Indian journal of veterinary science and animal husbandry - Volume 13,
Year: 1943
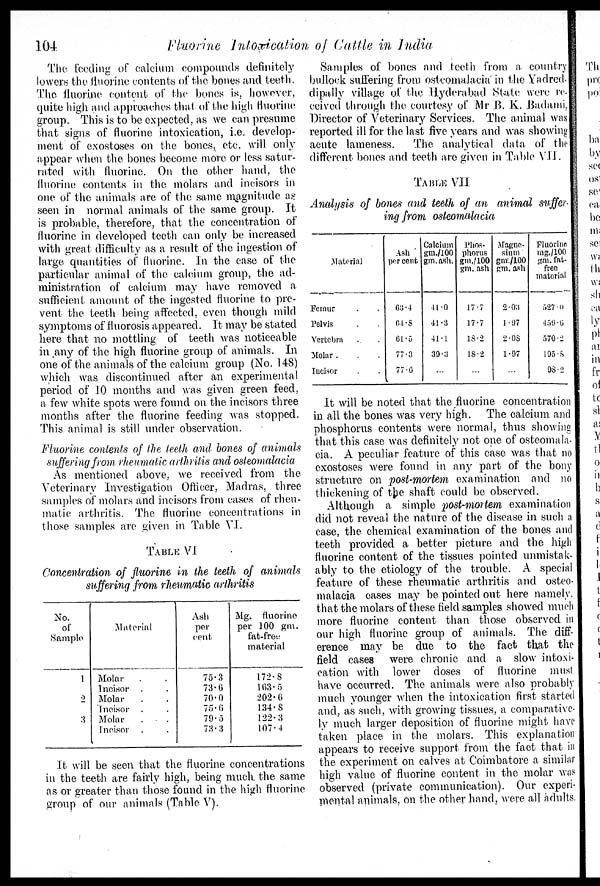
104
Fluorine intoxication of Cattle in India
The feeding of calcium compounds definitely
lowers the fluorine contents of the bones and teeth.
The fluorine content of the bones is, however,
quite high and approaches that of the high fluorine
group. This is to be expected, as we can presume
that signs of fluorine intoxication, i.e. develop-
ment of exostoses on the bones, etc. will only
appear when the bones become more or less satur¬
rated with fluorine. On the other hand, the
fluorine contents in the molars and incisors in
one of the animals are of the same magnitude as
seen in normal animals of the same group. It
is probable, therefore, that the concentration of
fluorine in developed teeth can only be increased
with great difficulty as a result of the ingestion of
large quantities of fluorine. In the case of the
particular animal of the calcium group, the ad-
ministration of calcium may have removed a
sufficient amount of the ingested fluorine to pre-
vent the teeth being affected, even though mild
symptoms of fluorosis appeared. It may be stated
here that no mottling of teeth was noticeable
in any of the high fluorine group of animals. In
one of the animals of the calcium group (No. 148)
which was discontinued after an experimental
period of 10 months and was given green feed,
a few white spots were found on the incisors three
months after the fluorine feeding was stopped.
This animal is still under observation.
Fluorine contents of the teeth and bones of animals
suffering from rheumatic arthritis and osteomalacia
As mentioned above, we received from the
Veterinary Investigation Officer, Madras, three
samples of molars and incisors from cases of rheu-
matic arthritis. The fluorine concentrations in
those samples are given in Table VI.
TABLE VI
Concentration of fluorine in the teeth of animals
suffering from rheumatic arthritis
No.
of
Sample
1
2
3
Material
Molar . .
Incisor . .
Molar . .
Incisor . .
Molar . .
Incisor . .
Ash
per
cent.
75.3
73.6
70.0
75.6
79.5
73.3
Mg.
fluorine
per 100 gm.
fat-free
material
172.8
163.5
202.6
134.8
122.3
107.4
It will, be seen that the fluorine concentrations
in the teeth are fairly high, being much the same
as or greater than those found in the high fluorine
group of our animals (Table V).
Samples of bones and teeth from a country
bullock suffering from osteomalacia in the Yadred
dipally village of the Hyderabad State were re¬
ceived through the courtesy of Mr B. K. Badami.
Director of Veterinary Services. The animal was
reported ill for the last five years and was showing
acute lameness.
The analytical data of the
different bones and teeth are given in Table VII.
TABLE VII
Analysis of bones and teeth of an animal suffer-
ing from osteomalacia
Material
Femur . .
Pelvis . .
Vertebra . .
Molar . .
Incisor . .
Ash
percent
63.4
64.8
61.5
77.3
77.6
Calcium
gm./100
gm. ash.
41.0
41.3
41.1
39.3
...
Phos-
phorus
gm./100
gm. ash
17.7
17.7
18 .2
18.2
...
Magne-
sium
gnv./100
gm. ash
2.03
1.97
2.08
1.97
...
Fluorine
mg./100
gm. fat.
free
material
527.0
459.6
570.2
195.8
98.2
It will be noted that the fluorine concentration
in all the bones was very high. The calcium and
phosphorus contents were normal, thus showing
that this case was definitely not one of osteomala-
cia. A peculiar feature of this case was that no
exostoses were found in any part of the bony
structure on post-mortem examination and no
thickening of the shaft could be observed.
Although a simple 'post-moriem examination
did not reveal the nature of the disease in such a
case, the chemical examination of the bones and
teeth provided a better picture and the high
fluorine content of the tissues pointed unmistak-
ably to the etiology of the trouble. A special
feature of these rheumatic arthritis and osteo-
malacia cases may be pointed out here namely
that the molars of these field samples showed much
more fluorine content than those observed in
our high fluorine group of animals. The diff¬
erence may be due to the fact that the
field cases
were chronic and a slow intoxi-
cation with lower doses of fluorine must
have occurred. The animals were also probably
much younger when the intoxication first started
and, as such, with growing tissues, a comparative-
ly much larger deposition of fluorine might have
taken place in the molars. This explanation
appears to receive support from the fact that in
the experiment on calves at Coimbatore a similar
high value of fluorine content in the molar was
observed (private communication). Our experi-
mental animals, on the other hand, were all adults,